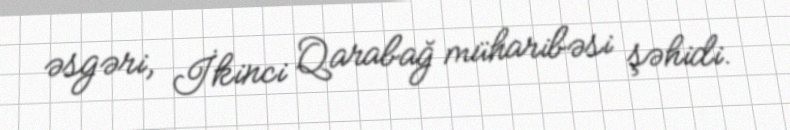
əsgəri, İkinci Qarabağ müharibəsi şəhidi.